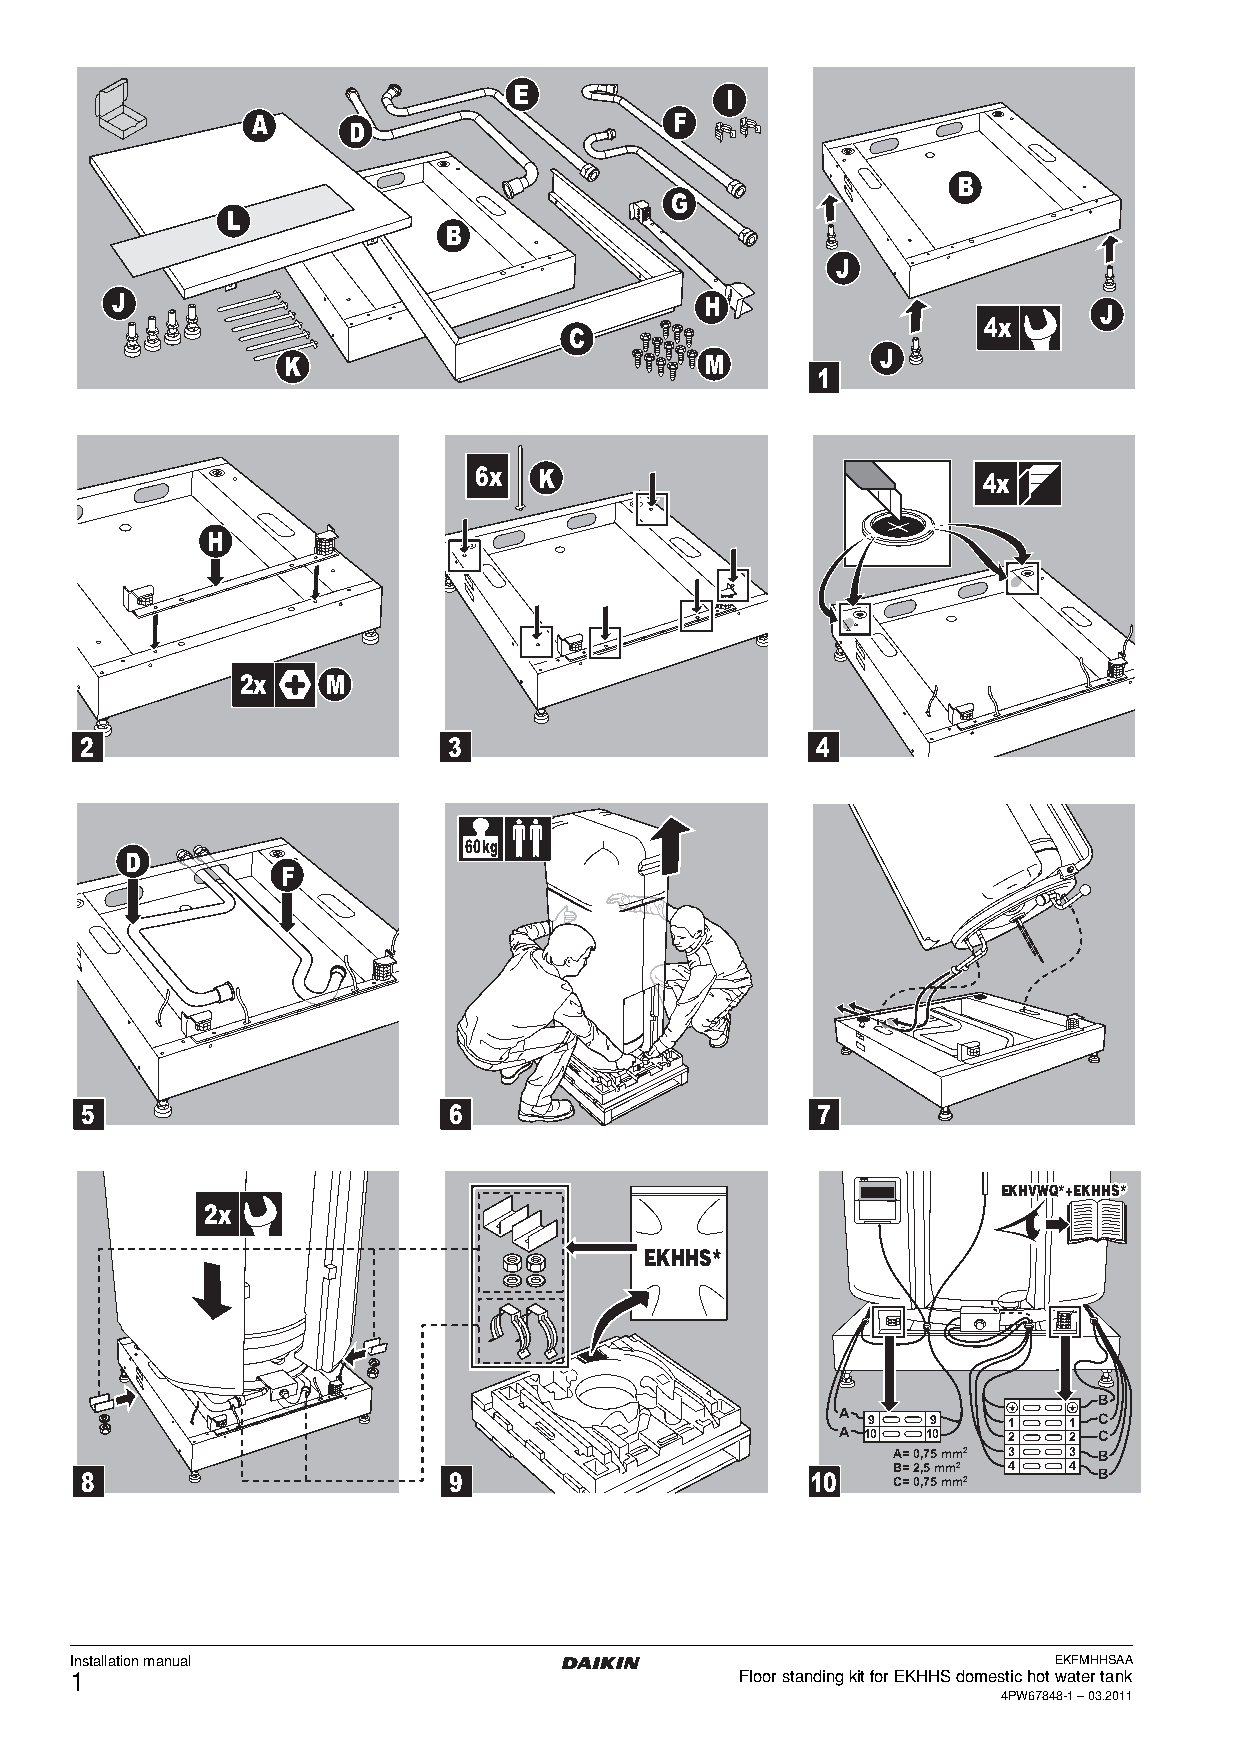
E             I
 A                           F
 D
 B
 G
 L
 B
 J
 J                                       H
 J
 4x
 C
 K                           M          J
 1
 6x   K                            4x
 H
 2x    M
 2                        3                       4
 60 kg
 D
 F
 5                        6                       7
 10
 EEEKKKHHHVVVWWWQQQ***+++EEEKKKHHHHHHSSS***
 2x
 EKHHS*
 B
 A 9   9    1   1 C
 A 10 10    2   2 C
 A= 0,75 mm2 3 3 B
 8                        9                       10   B C= = 2 0, ,5 7 5m mm m2 2 4 4 B
 Installation manual                                              EKFMHHSAA
 1                                           Floor standing kit for EKHHS domestic hot water tank
 4PW67848-1 – 03.2011